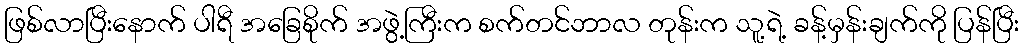
ဖြစ်လာပြီးနောက် ပါရီ အခြေစိုက် အဖွဲ့ကြီးက စက်တင်ဘာလ တုန်းက သူ့ရဲ့ ခန့်မှန်းချက်ကို ပြန်ပြီး